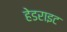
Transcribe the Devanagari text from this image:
हेडराइट